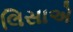
લિસાએ